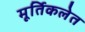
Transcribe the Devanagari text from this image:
मूर्तिकलेत